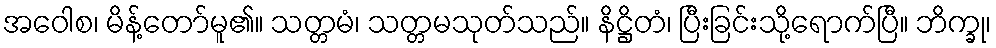
အဝေါစ၊ မိန့်တော်မူ၏။ သတ္တမံ၊ သတ္တမသုတ်သည်။ နိဋ္ဌိတံ၊ ပြီးခြင်းသို့ရောက်ပြီ။ ဘိက္ခု၊